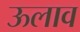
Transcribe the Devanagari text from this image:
ऊलाव